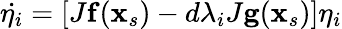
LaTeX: \dot{\mathbf{\eta}_{i}}=\left[J\mathbf{f}(\mathbf{x}_{s})-d\lambda_{i}J\mathbf{g}(\mathbf{x}_{s})\right]\mathbf{\eta}_{i}